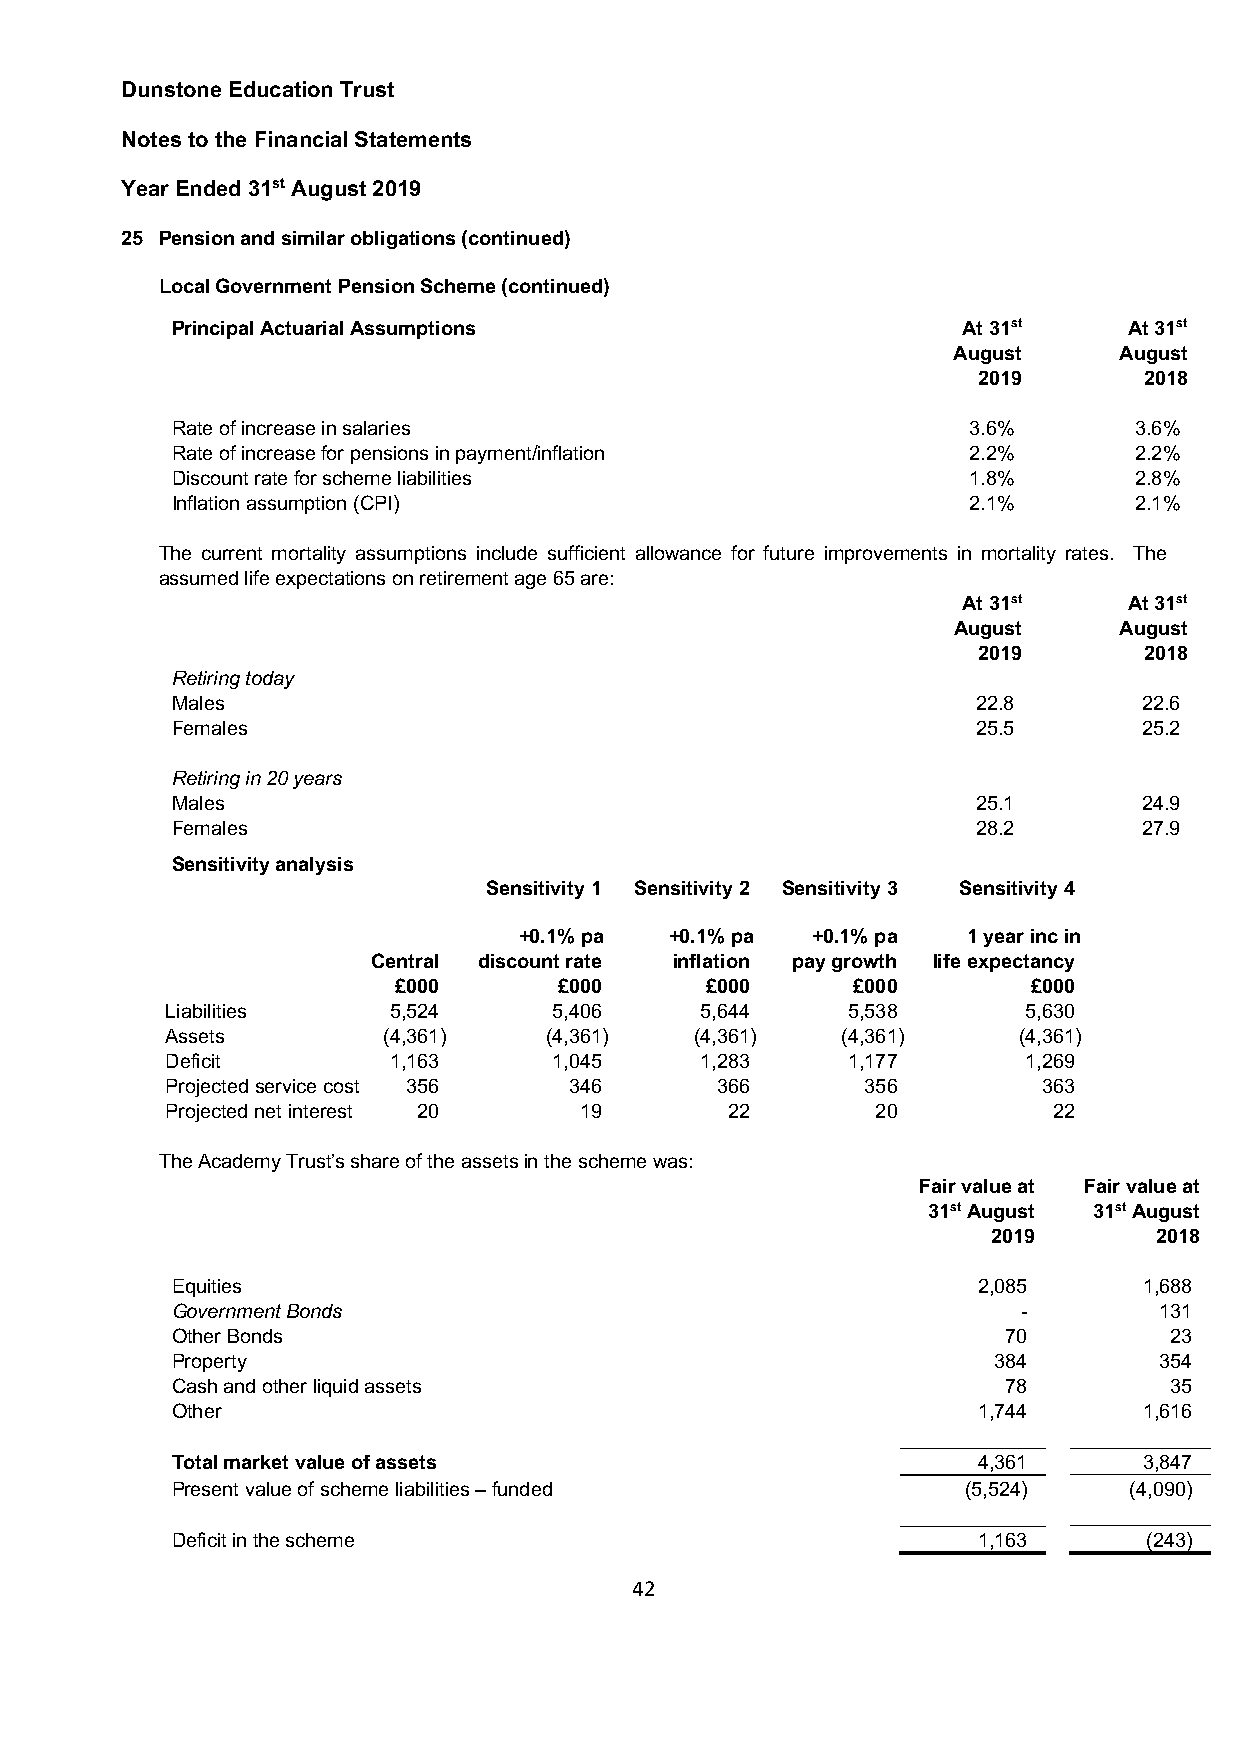
Dunstone Education Trust
 Notes to the Financial Statements
 Year Ended 31st August 2019
 25 Pension and similar obligations (continued)
 Local Government Pension Scheme (continued)
 Principal Actuarial Assumptions                      At 31st    At 31st
 August     August
 2019       2018
 Rate of increase in salaries                         3.6%       3.6%
 Rate of increase for pensions in payment/inflation   2.2%       2.2%
 Discount rate for scheme liabilities                 1.8%       2.8%
 Inflation assumption (CPI)                           2.1%       2.1%
 The current mortality assumptions include sufficient allowance for future improvements in mortality rates. The
 assumed life expectations on retirement age 65 are:
 At 31st    At 31st
 August     August
 2019       2018
 Retiring today
 Males                                                 22.8       22.6
 Females                                               25.5       25.2
 Retiring in 20 years
 Males                                                 25.1       24.9
 Females                                               28.2       27.9
 Sensitivity analysis
 Sensitivity 1 Sensitivity 2 Sensitivity 3 Sensitivity 4
 +0.1% pa  +0.1% pa  +0.1% pa  1 year inc in
 Central discount rate inflation pay growth life expectancy
 £000       £000      £000     £000        £000
 Liabilities    5,524      5,406    5,644     5,538       5,630
 Assets        (4,361)    (4,361)   (4,361)   (4,361)    (4,361)
 Deficit        1,163      1,045    1,283     1,177       1,269
 Projected service cost 356 346      366       356         363
 Projected net interest 20  19        22        20          22
 The Academy Trust’s share of the assets in the scheme was:
 Fair value at Fair value at
 31st August 31st August
 2019      2018
 Equities                                              2,085      1,688
 Government Bonds                                         -        131
 Other Bonds                                             70        23
 Property                                               384        354
 Cash and other liquid assets                            78        35
 Other                                                 1,744      1,616
 Total market value of assets                          4,361      3,847
 Present value of scheme liabilities – funded         (5,524)    (4,090)
 Deficit in the scheme                                 1,163      (243)
 42